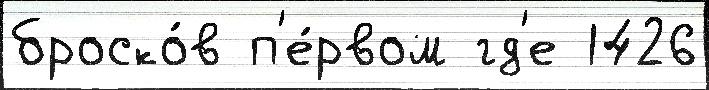
броско́в п'е́рвом гд'е 1426